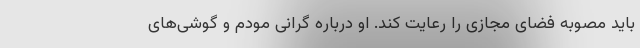
باید مصوبه فضای مجازی را رعایت کند. او درباره گرانی مودم و گوشی‌های